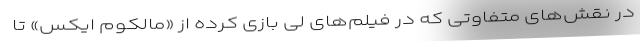
در نقش‌های متفاوتی که در فیلم‌های لی بازی کرده از «مالکوم ایکس» تا